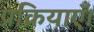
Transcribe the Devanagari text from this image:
प्रक्रियाएँ।